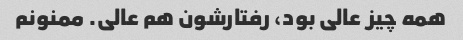
همه چیز عالی بود، رفتارشون هم عالی. ممنونم